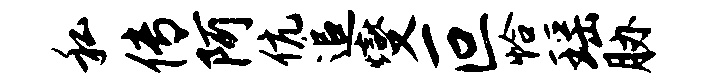
私传阿伉追燮叵恰瑶胁